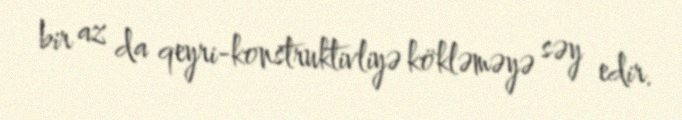
bir az da qeyri-konstruktivliyə kökləməyə səy edir.